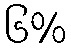
၆%